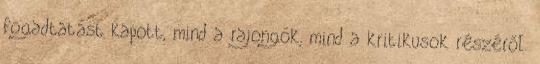
fogadtatást kapott, mind a rajongók, mind a kritikusok részéről.